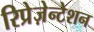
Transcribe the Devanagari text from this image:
रिप्रेज़ेन्टेशन